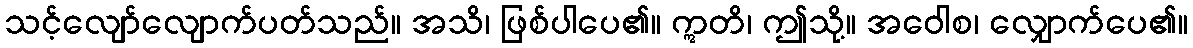
သင့်လျော်လျောက်ပတ်သည်။ အသိ၊ ဖြစ်ပါပေ၏။ ဣတိ၊ ဤသို့။ အဝေါစ၊ လျှောက်ပေ၏။